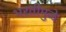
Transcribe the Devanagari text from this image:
भरतीमुळे